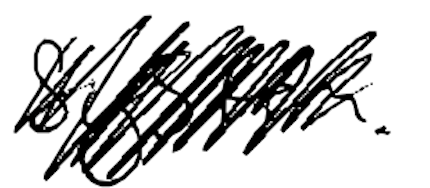
Text: system.
Cross-out: scratch
Writing tool: digital_black